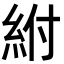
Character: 紨